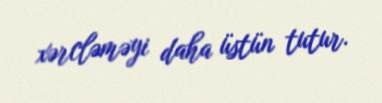
xərcləməyi daha üstün tutur.